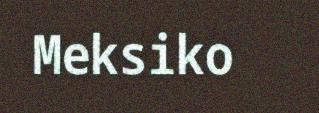
Meksiko